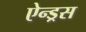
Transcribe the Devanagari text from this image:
ऐन्ड्रस